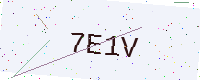
Text: 7E1V